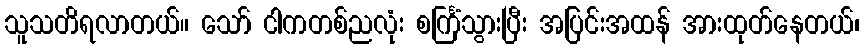
သူသတိရလာတယ်။ သော် ငါကတစ်ညလုံး စင်္ကြံသွားပြီး အပြင်းအထန် အားထုတ်နေတယ်၊